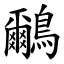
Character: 鸍